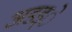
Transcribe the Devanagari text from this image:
अडड्े